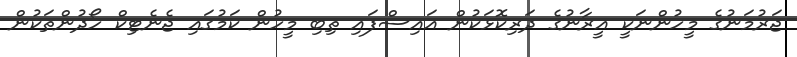
ޖަރުމަނުގެ މީހުންނަކީ އީރާނުގެ ދަރިކޮޅަކުން އައިސްފައި ތިބި މީހުން ކަމުގައި ޖެނެޓިކް ހޯދުންތަކުން